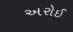
અરોઈ